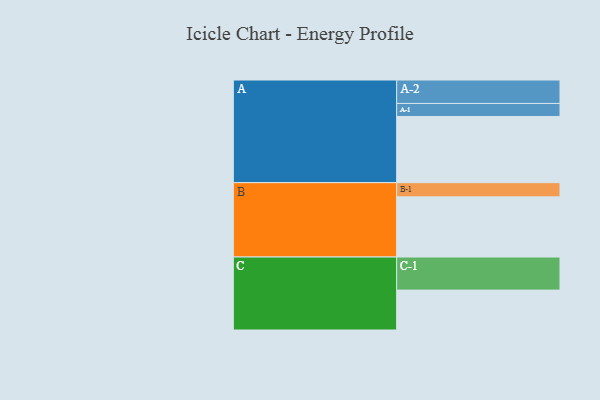
{"axis": {"x": "Segment", "y": "Value"}, "legend": ["", "A", "B", "C"], "data": [{"x": "A", "y": 564, "type": ""}, {"x": "B", "y": 513, "type": ""}, {"x": "C", "y": 340, "type": ""}, {"x": "A-1", "y": 111, "type": "A"}, {"x": "A-2", "y": 200, "type": "A"}, {"x": "B-1", "y": 121, "type": "B"}, {"x": "C-1", "y": 282, "type": "C"}]}